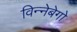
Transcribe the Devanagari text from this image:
विन्नेबेगो